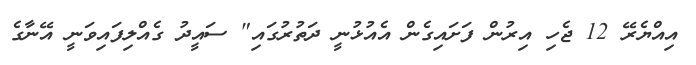
އިއްޔެރޭ 12 ޖެހި އިރުން ފަށައިގެން އެއުޅުނީ ދަތުރުގައި" ސައީދު ގެއްލިފައިވަނީ އޭނާގެ